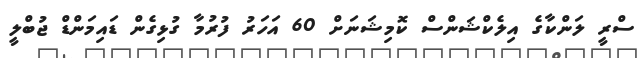
ސްރީ ލަންކާގެ އިލެކްޝަންސް ކޮމިޝަނަށް 60 އަހަރު ފުރުމާ ގުޅިގެން ޑައިމަންޑް ޖުބްލީ